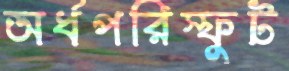
অর্ধপরিস্ফুট